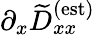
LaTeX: \partial_{x}\widetilde{D}_{xx}^{\textrm{(est)}}